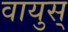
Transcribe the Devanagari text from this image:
वायुस्